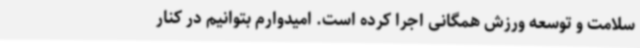
سلامت و توسعه ورزش همگانی اجرا کرده است. امیدوارم بتوانیم در کنار